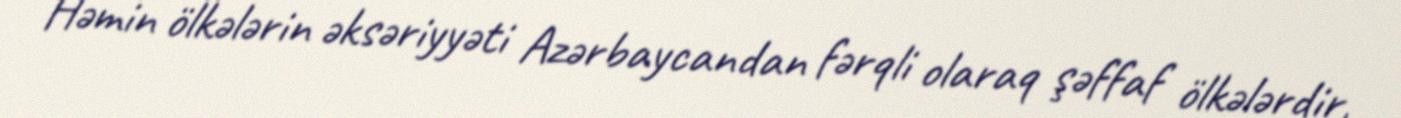
Həmin ölkələrin əksəriyyəti Azərbaycandan fərqli olaraq şəffaf ölkələrdir,